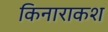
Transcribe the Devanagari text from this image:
किनाराकश